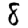
Digit: 8